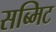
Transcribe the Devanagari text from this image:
सब्मिट